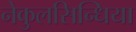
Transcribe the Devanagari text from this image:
नेकुलसिन्धिया